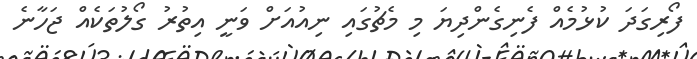
ފޯރިގަދަ ކުޅުމެއް ފެނިގެންދިޔަ މި މެޗުގައި ނިއުއަަށް ވަނީ އިތުރު ގޯލުތަކެއް ޖަހާނެ